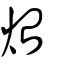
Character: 炲